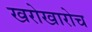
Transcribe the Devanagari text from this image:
खरोखारोच